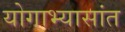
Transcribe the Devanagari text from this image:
योगाभ्यासांत